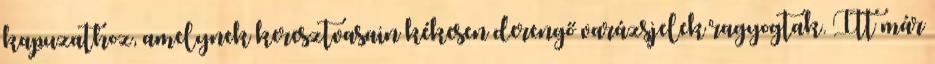
kapuzathoz, amelynek keresztvasain kékesen derengő varázsjelek ragyogtak. Itt már